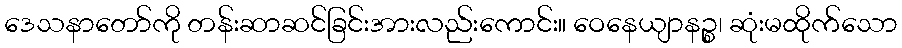
ဒေသနာတော်ကို တန်းဆာဆင်ခြင်းအားလည်းကောင်း။ ဝေနေယျာနဉ္စ၊ ဆုံးမထိုက်သော